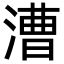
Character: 漕